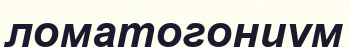
ломатогониум